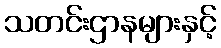
သတင်းဌာနများနှင့်